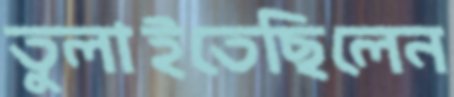
তুলাইতেছিলেন